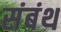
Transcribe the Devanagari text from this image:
संबंथ